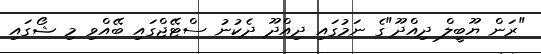
"ރަން ޔޫބީލް ދިއްދޫ"ގެ ނަމުގައި ދިއްދޫ ދެކުނު ސްޓޭޖްގައި ބޭއްވި މި ޝޯގައި